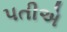
પતીએ